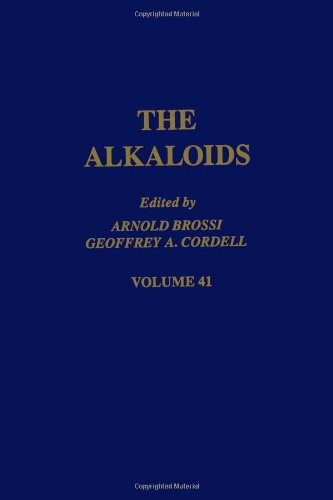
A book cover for The Alkaloids: Chemistry and Pharmacology, Vol. 41; Science & Math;